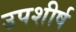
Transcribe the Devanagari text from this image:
उपशीर्ष